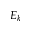
E _ { k }